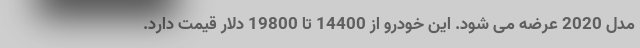
مدل 2020 عرضه می شود. این خودرو از 14400 تا 19800 دلار قیمت دارد.